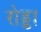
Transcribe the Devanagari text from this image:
रोड्डा